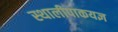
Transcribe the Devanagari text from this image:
स्थालीपाकयज्ञ